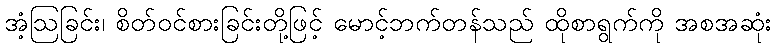
အံ့ဩခြင်း၊ စိတ်ဝင်စားခြင်းတို့ဖြင့် မောင့်ဘက်တန်သည် ထိုစာရွက်ကို အစအဆုံး